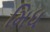
મિધ